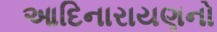
આદિનારાયણનો